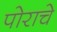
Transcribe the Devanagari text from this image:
पोराचे